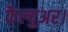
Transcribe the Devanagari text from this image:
फैल्युअर।